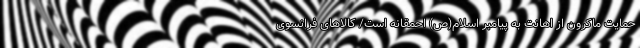
حمایت ماکرون از اهانت به پیامبر اسلام(ص) احمقانه است/ کالاهای فرانسوی